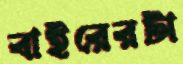
বাইরেরটা